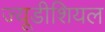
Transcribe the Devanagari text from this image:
ज्यूडीशियल